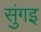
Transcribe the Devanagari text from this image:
सुंगइ